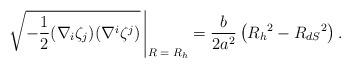
LaTeX: \begin{align*}\sqrt{-{1\over 2}(\nabla_i\zeta_j)(\nabla^i\zeta^j)}\;\vline\,{\hbox{\raisebox{-2.5ex}{\scriptsize $R=R_h$}}}={b\over 2a^2}\left(R_h{}^2 - R_{dS}{}^2\right).\end{align*}